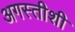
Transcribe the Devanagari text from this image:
अगस्तीशी